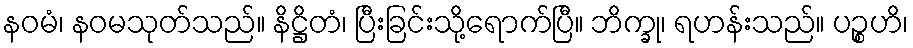
နဝမံ၊ နဝမသုတ်သည်။ နိဋ္ဌိတံ၊ ပြီးခြင်းသို့ရောက်ပြီ။ ဘိက္ခု၊ ရဟန်းသည်။ ပဉ္စဟိ၊